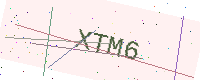
Text: XTM6